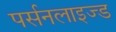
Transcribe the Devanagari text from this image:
पर्सनलाइज्ड